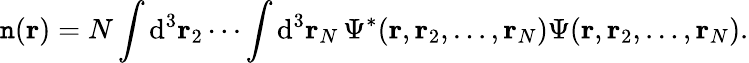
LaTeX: \mathtt{n}(\mathbf{{r}})=N\int{\mathrm{{d}}}^{3}\mathbf{{r}}_{2}\cdots\int{\mathrm{{d}}}^{3}\mathbf{{r}}_{N}\, \Psi^{*}(\mathbf{{r}},\mathbf{{r}}_{2},\dots,\mathbf{{r}}_{N})\Psi(\mathbf{{r}},\mathbf{{r}}_{2},\dots,\mathbf{{r}}_{N}).